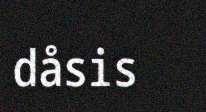
dåsis